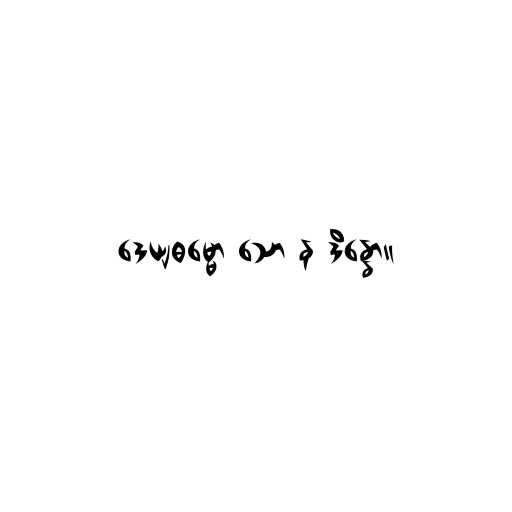
ဒေယျဓမ္မော သော န ဒိန္နော။